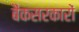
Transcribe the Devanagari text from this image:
बैंकसरकारों